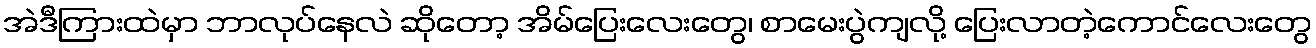
အဲဒီကြားထဲမှာ ဘာလုပ်နေလဲ ဆိုတော့ အိမ်ပြေးလေးတွေ၊ စာမေးပွဲကျလို့ ပြေးလာတဲ့ကောင်လေးတွေ